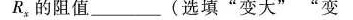
R，的阻值___(选填”变大””变